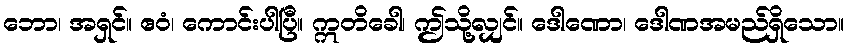
ဘော၊ အရှင်။ ဧဝံ၊ ကောင်းပါပြီ။ ဣတိခေါ၊ ဤသို့လျှင်။ ဒေါဏော၊ ဒေါဏအမည်ရှိသော။